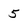
Character: 5